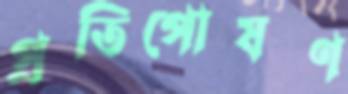
প্রতিপোষণ